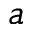
a